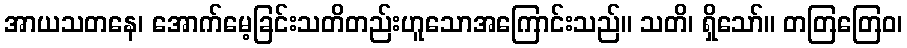
အာယသတနေ၊ အောက်မေ့ခြင်းသတိတည်းဟူသောအကြောင်းသည်။ သတိ၊ ရှိသော်။ တတြတြေဝ၊